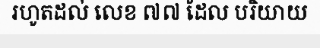
រហូតដល់ លេខ ៧៧ ដែល បរិយាយ